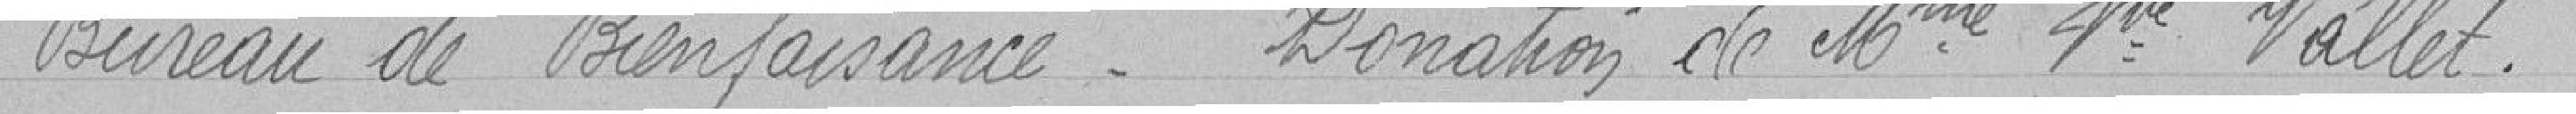
Bureau de Bienfaisance     Donation de Madame Veuve VALLET